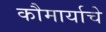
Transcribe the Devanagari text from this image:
कौमार्याचे